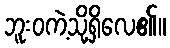
ဘူးဝကဲ့သို့ရှိလေ၏။